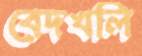
বেদখলি